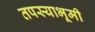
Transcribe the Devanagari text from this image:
तपस्याभूमी